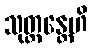
သုတ္တန္တေဟိ